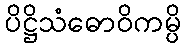
ပိဋ္ဌိသံဓောဝိကမ္ပိ